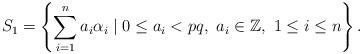
LaTeX: \begin{align*}S_{1}=\left\{\sum_{i=1}^{n} a_{i} \alpha_{i} \mid 0 \leq a_{i}<p q, \ a_{i} \in \mathbb{Z},\ 1 \leq i \leq n \right\}.\end{align*}